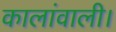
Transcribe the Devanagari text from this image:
कालांवाली।